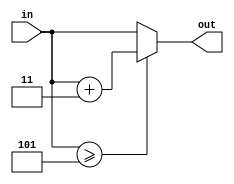
module shift_add(input [0:3] in, output reg [0:3]out);
     always @(*) begin
    if (in >= 4'b0101) out = in + 4'b0011; // Add 3 if input is 5 or greater
     else out = in;
     end
endmodule



module binarytoBCD(input [0:7] in, output [0:11] out);
wire [0:3]A,B,C,D,E,F,G;

shift_add A1({1'b0, in[0:2]},A);
shift_add B1({A[1:3],in[3]},B);
shift_add C1 ({B[1:3],in[4]},C);
shift_add D1({C[1:3],in[5]},D);
shift_add E1({D[1:3],in[6]},E);
shift_add F1({1'b0,A[0],B[0],C[0]},F);
shift_add G1({F[1:3],D[0]},G);

assign out[11] = in[7];
assign out[10] = E[3];
assign out[9] = E[2];
assign out[8] = E[1];
assign out[7] = E[0];
assign out[6] = G[3];
assign out[5] = G[2];
assign out[4] = G[1];
assign out[3] = G[0];
assign out[2] = F[0];
assign out[1] = 1'b0;
assign out[0] = 1'b0;

endmodule